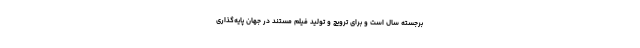
برجسته سال است و برای ترویج و تولید فیلم مستند در جهان پایه‌گذاری